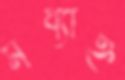
মধ্যাহ্ন